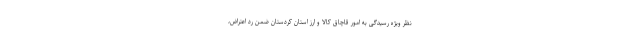
نظر ویژه رسیدگی به امور قاچاق کالا و ارز استان کردستان ضمن رد اعتراض،